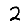
Digit: 2